Report on vaccination North-West Frontier Province 1904-1922 - 1904-1922
Year: 1904
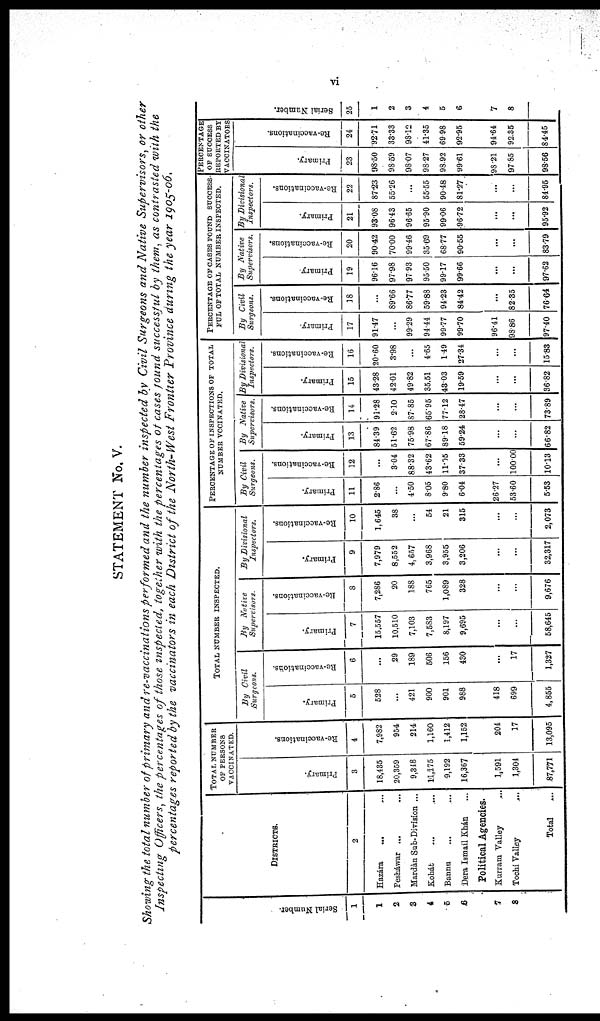
vi
STATEMENT No. V.
Showing the total number of primary and re-vaccinations performed and the number inspected by Civil Surgeons and Native Supervisors, or other
Inspecting Officers, the percentages of those inspected, together with the percentages of cases found successful by them, as contrasted with the
percentages reported by the vaccinators in each District of the North-West Frontier Province during the year 1905-06.
Serial Number.
1
1
2
3
4
5
6
7
8
DISTRICTS.
2
Hazára
... ...
Pesháwar ... ...
Mardàn Sub-Division ...
Kohát ... ...
Bannu ... ...
Dera Ismail Khán ...
Political Agencies.
Kurram Valley ...
Tochi Valley ...
Total ...
TOTAL NUMBER
OF PERSONS
VACCINATED.
Primary.
3
18,435
20,359
9,348
11,175
9,192
16,367
1,591
1,304
87,771
Re-vaccinations.
4
7,982
954
214
1,160
1,412
1,152
204
17
13,095
TOTAL NUMBER INSPECTED.
By Civil
Surgeons.
Primary.
5
528
...
421
900
901
988
418
699
4,855
Re-vaccinations.
6
...
29
189
506
156
430
...
17
1,327
By
Native
Supervisors.
Primary.
7
15,557
10,510
7,103
7,583
8,197
9,695
...
...
58,645
Re-vaccinations.
8
7,286
20
188
765
1,089
328
...
...
9,676
By Divisional
Inspectors.
Primary.
9
7,979
8,552
4,657
3,968
3,955
3,206
...
...
32,317
Re-vaccinations.
10
1,645
38
...
54
21
315
...
...
2,073
PERCENTAGE OF INSPECTIONS OF TOTAL
NUMBER VCCINATED.
By Civil
Surgeons.
Primary.
11
2.86
...
4.50
8.05
9.80
6.04
26.27
53.60
5.53
Re-vaccinations.
12
...
3.04
88.32
43.62
11.05
37.33
...
100.00
10.13
By Native
Supervisors.
Primary.
13
84.39
51.62
75.98
67.86
89.18
59.24
...
...
66.82
Re-vaccinations.
14
91.28
2.10
87.85
65.95
77.12
28.47
...
...
73.89
By Divisional
Inspectors.
Primary.
15
43.28
42.01
49.82
35.51
43.03
19.59
...
...
36.82
Re-vaccinations.
16
20.60
3.98
...
4.65
1.49
27.34
...
...
15.83
PERCENTAGE OF CASES FOUND SUCCESS-
FUL OF TOTAL NUMBER INSPECTED.
By Civil
Surgeons.
Primary.
17
91.47
...
99.29
94.44
99.77
99.70
96.41
98.86
97.40
Re-vaccinations.
18
...
89.66
86.77
59.88
94.23
84.42
...
82.35
76.64
By Native
Supervisors.
Primary.
19
96.16
97.98
97.93
95.50
99.17
99.66
...
...
97.62
Re-vaccinations.
20
90.42
70.00
99.46
35.69
68.77
90.55
...
...
83.79
By Divisional
Inspectors.
Primary.
21
93.08
96.43
96.65
95.90
99.06
96.72
...
...
95.92
Re-vaccinations.
22
87.23
55.26
...
55.55
90.48
81.27
...
...
84.95
PERCENTAGE
OF SUCCESS
REPORTED BY
VACCINATORS
Primary.
23
98.50
98.59
98.07
98.27
98.92
99.61
98.21
97.85
98.56
Re-vaccinations.
24
92.71
33.33
98.12
41.35
69.98
92.95
94.64
92.35
84.45
Serial Number.
25
1
2
3
4
5
6
7
8